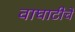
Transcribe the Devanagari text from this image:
वाघाटीचे